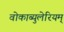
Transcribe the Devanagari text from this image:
वोकाब्युलेरियम्